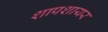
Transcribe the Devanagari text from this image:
शापशायर